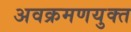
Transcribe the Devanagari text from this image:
अवक्रमणयुक्त